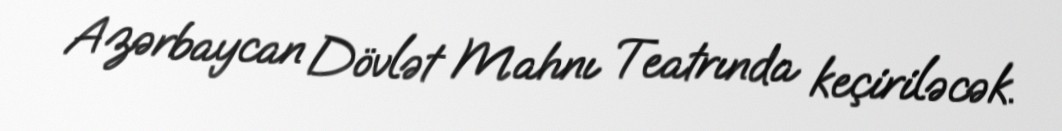
Azərbaycan Dövlət Mahnı Teatrında keçiriləcək.